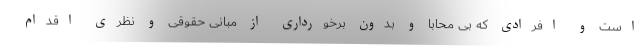
است و افرادی که بی محابا و بدون برخورداری از مبانی حقوقی و نظری اقدام